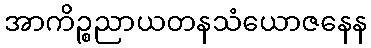
အာကိဉ္စညာယတနသံယောဇနေန